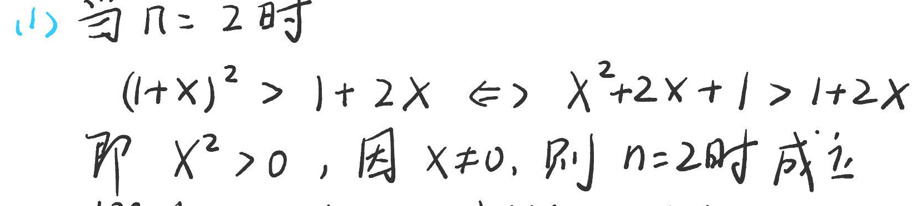
(1) 当\(\( n = 2 \)\)时

\((1 + x)^{2}>1 + 2x\Leftrightarrow x^{2}+2x + 1>1 + 2x\)

即\( x^{2}>0, \)因\( x\neq0, \)则\(\( n = 2 \)\)时成立